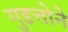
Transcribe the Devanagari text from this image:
गुइत्तोने